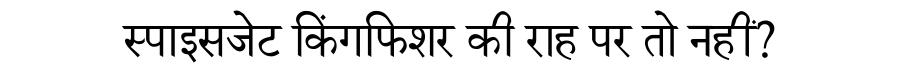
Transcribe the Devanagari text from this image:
स्पाइसजेट किंगफिशर की राह पर तो नहीं?